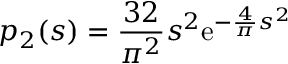
p _ { 2 } ( s ) = { \frac { 3 2 } { \pi ^ { 2 } } } s ^ { 2 } \mathrm { e } ^ { - { \frac { 4 } { \pi } } s ^ { 2 } }